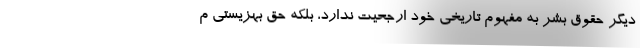
دیگر حقوق بشر به مفهوم تاریخی خود ارجحیت ندارد، بلکه حق بهزیستی م